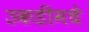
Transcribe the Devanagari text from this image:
उकडीमधे